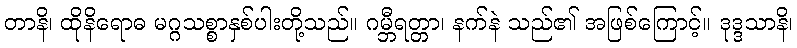
တာနိ၊ ထိုနိရောဓ မဂ္ဂသစ္စာနှစ်ပါးတို့သည်။ ဂမ္ဘီရတ္တာ၊ နက်နဲ သည်၏ အဖြစ်ကြောင့်။ ဒုဒ္ဒသာနိ၊